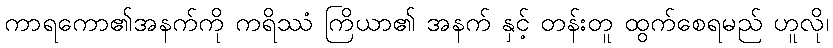
ကာရကော၏အနက်ကို ကရိဿံ ကြိယာ၏ အနက် နှင့် တန်းတူ ထွက်စေရမည် ဟူလို၊